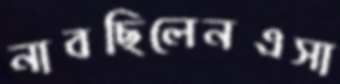
নাবছিলেনএসা